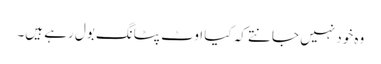
وہ خود نہیں جانتے کہ کیا اوٹ پٹانگ بول رہے ہیں۔